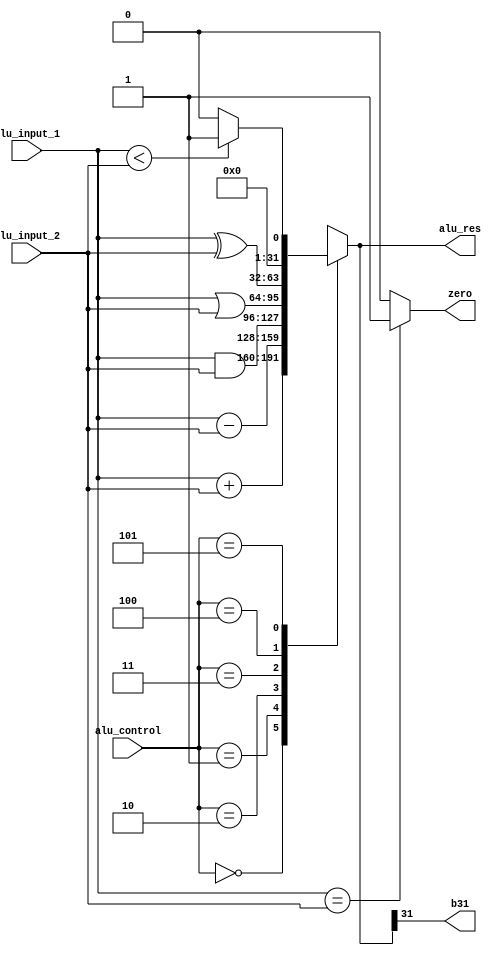
module Alu(input signed [31:0]alu_input_1, input signed [31:0] alu_input_2, input [2:0] alu_control, output reg signed [31:0] alu_res, output  zero, output  b31);
   parameter [2:0] ADD = 3'b000, SUB = 3'b001, AND = 3'b010, OR = 3'b011, XOR = 3'b100, SLT = 3'b101;

   always @(alu_input_1 or alu_input_2 or alu_control) begin
      case(alu_control) 
          ADD : alu_res = alu_input_1 + alu_input_2;
          SUB : alu_res = alu_input_1 - alu_input_2;
          AND : alu_res = alu_input_1 & alu_input_2;
          OR  : alu_res = alu_input_1 | alu_input_2;
          XOR : alu_res = alu_input_1 ^ alu_input_2;
          SLT : alu_res = alu_input_1 < alu_input_2 ? 32'd1 : 32'd0;
         default:  alu_res = 32'bxxxxxxxxxxxxxxxxxxxxxxxxxxxxxxxx;
      endcase
   end
   assign zero = (alu_input_1 == alu_input_2) ? 1'b1:1'b0;
   assign b31 = alu_res[31];
endmodule